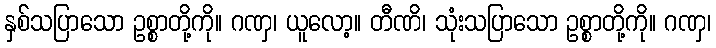
နှစ်သပြာသော ဥစ္စာတို့ကို။ ဂဏှ၊ ယူလော့။ တီဏိ၊ သုံးသပြာသော ဥစ္စာတို့ကို။ ဂဏှ၊